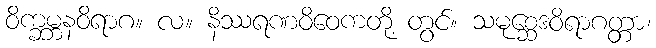
ဝိက္ခမ္ဘနဝိရာဂ။ လ။ နိဿရဏဝိဝေကတို့ တွင်။ သမုစ္ဆေဒဝိရာဂတ္တာ၊